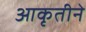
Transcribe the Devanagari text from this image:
आकृतीने